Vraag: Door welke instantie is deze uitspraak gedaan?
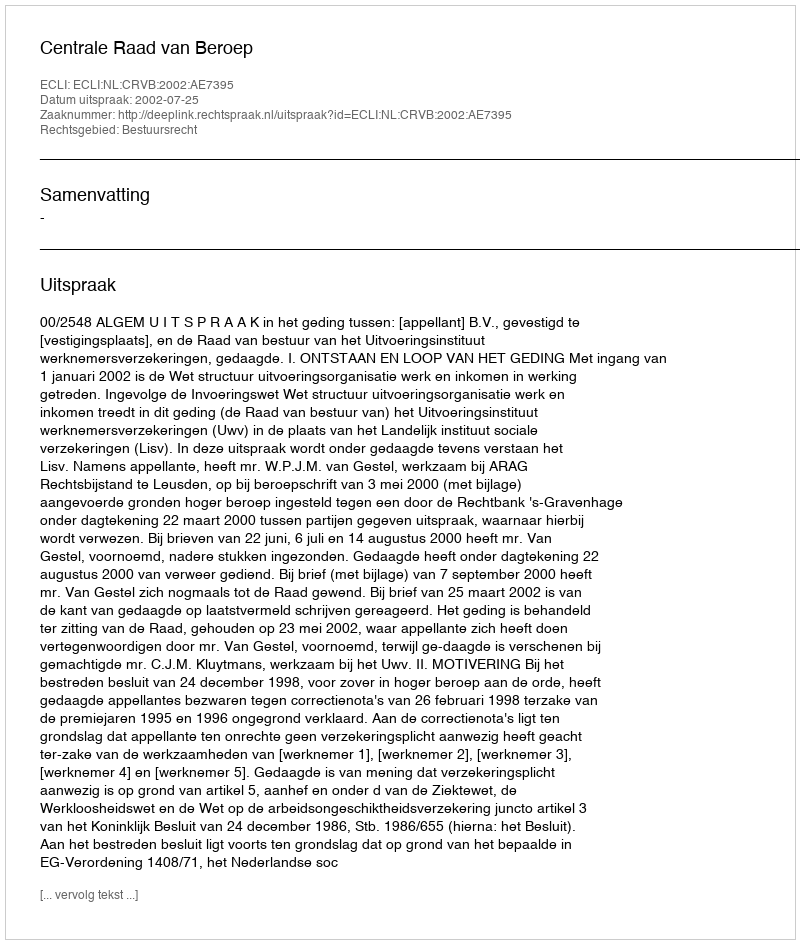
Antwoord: Centrale Raad van Beroep